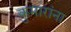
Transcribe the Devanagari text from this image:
कुमारांना